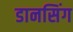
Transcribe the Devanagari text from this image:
डानसिंग